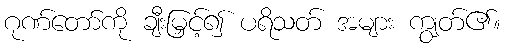
ဂုဏ်တော်ကို ချီးမြှင့်၍ ပရိသတ် အများ ကျွတ်၏။